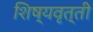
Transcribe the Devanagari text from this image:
शिष्‍यवृत्‍ती